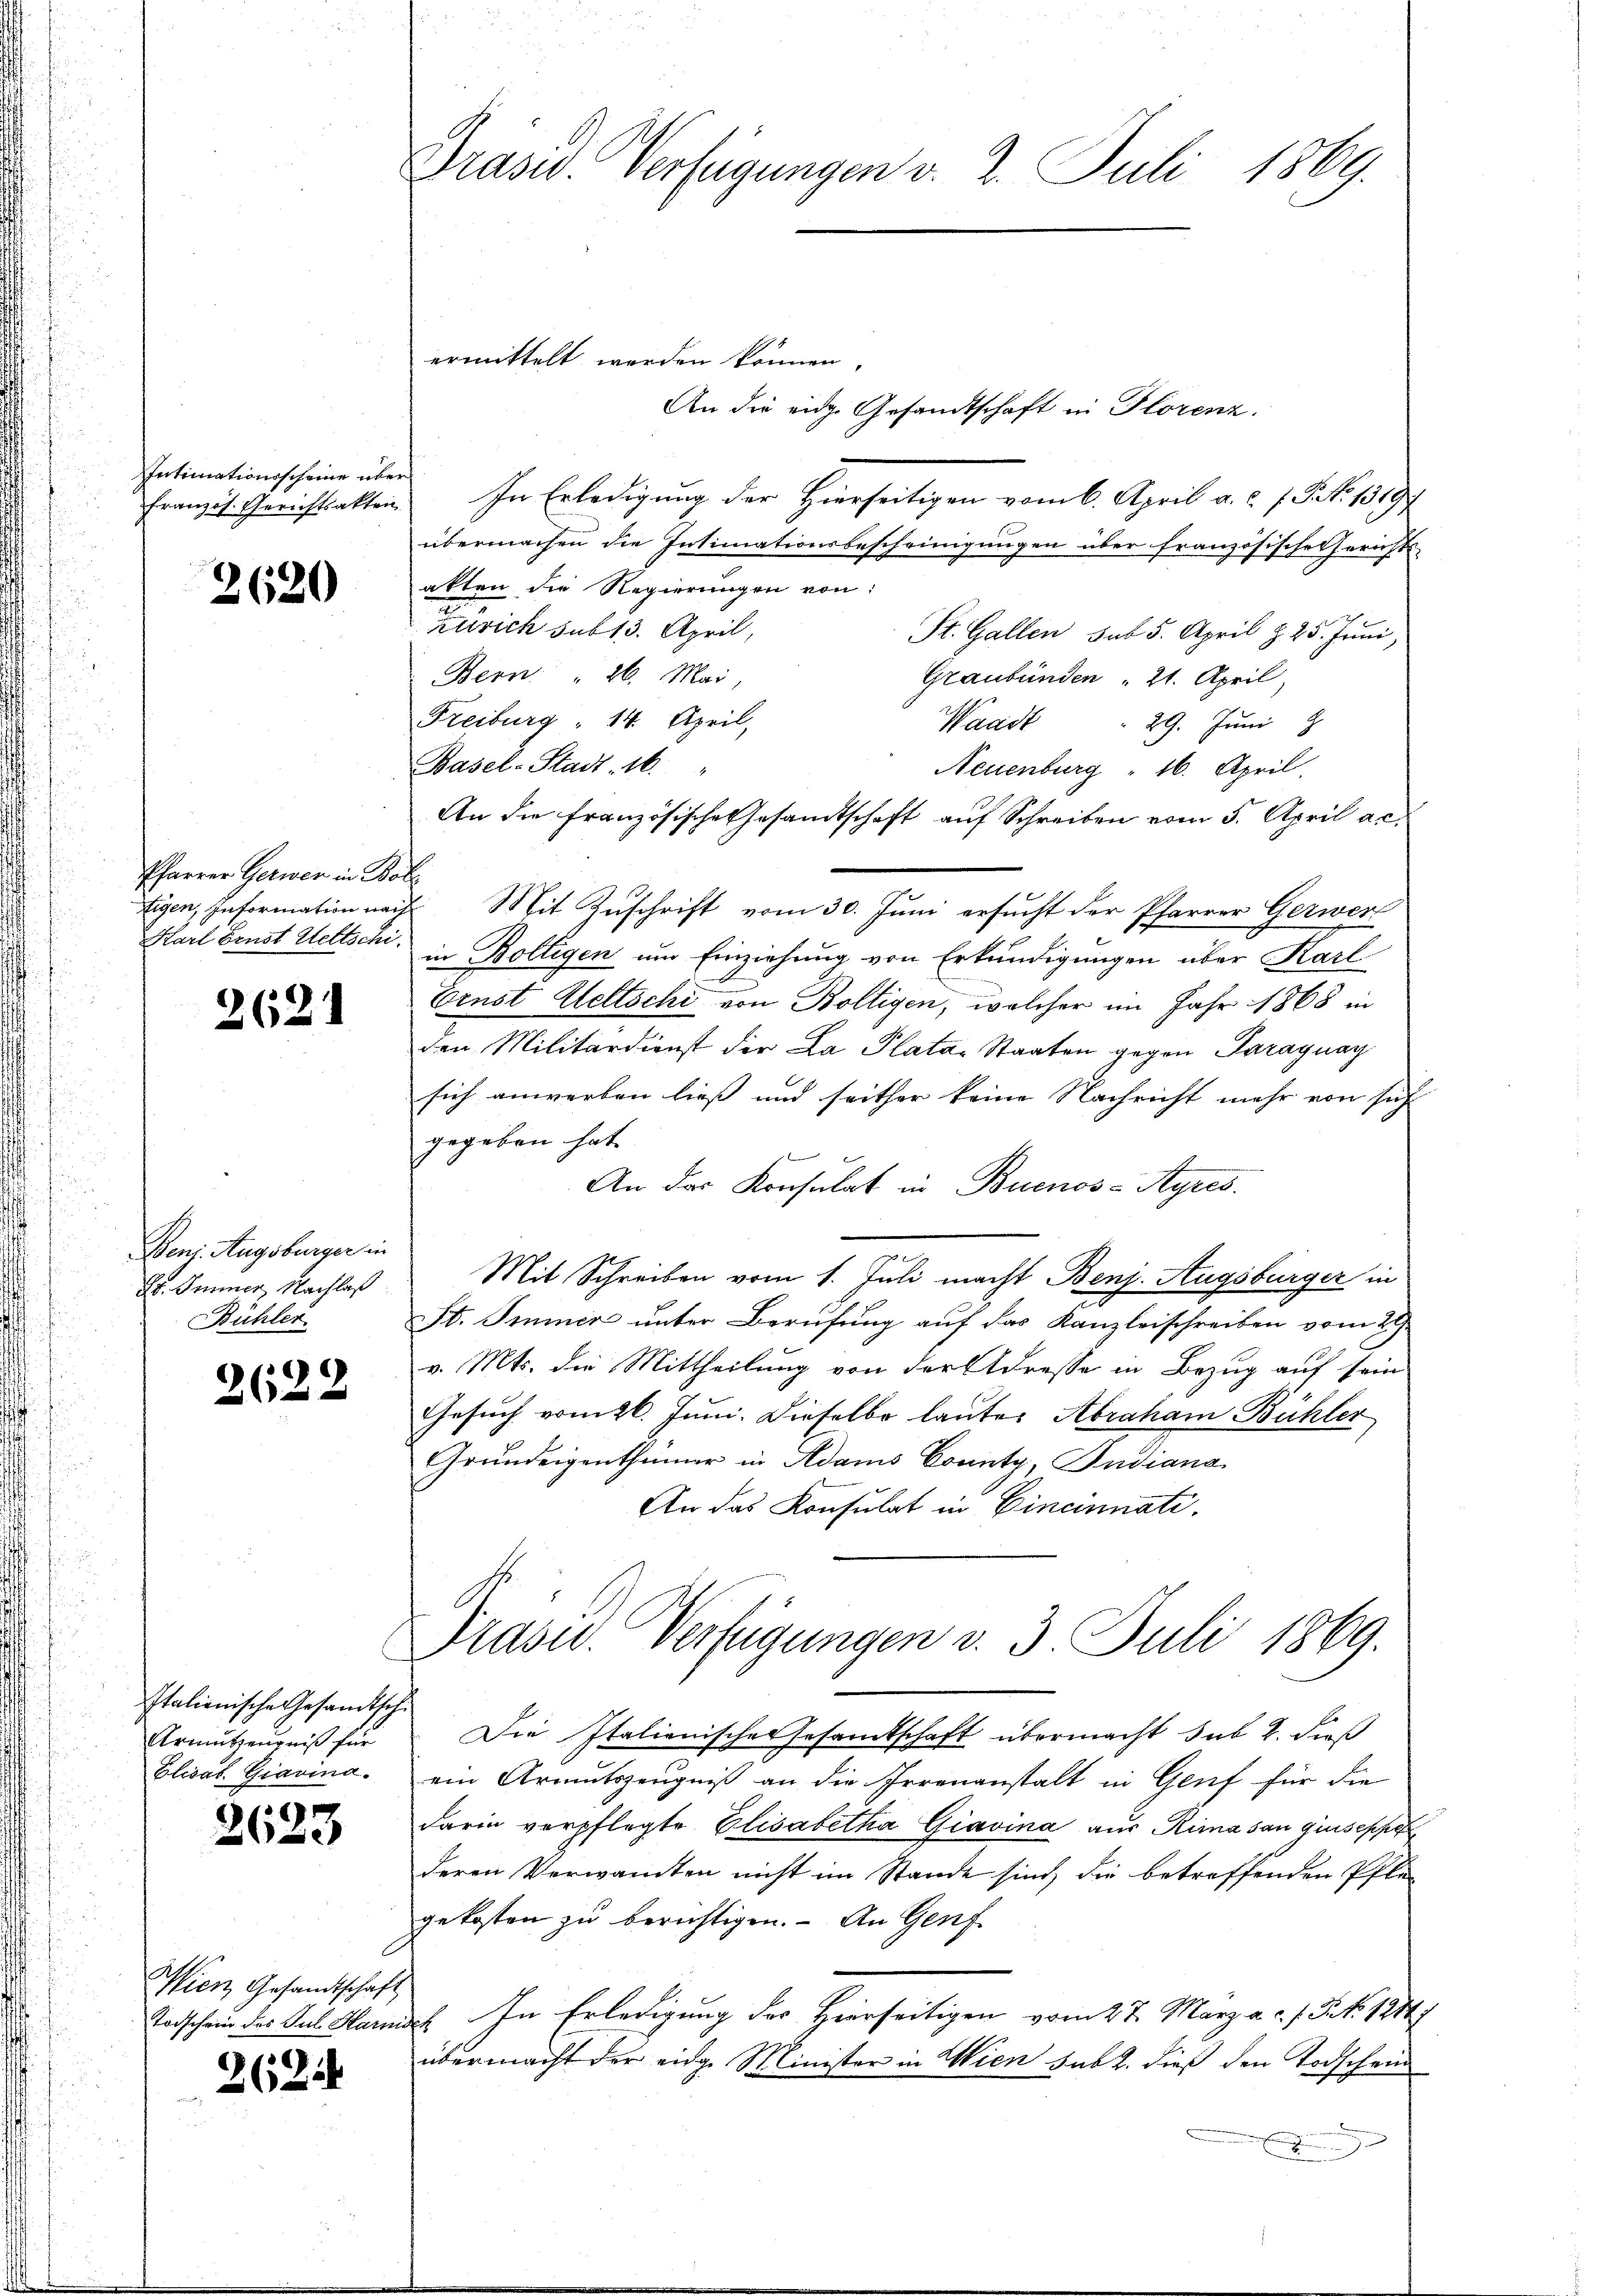
Intimationsscheine über
Französ. Gerichtsakten

2620

Pfarrer Gerwer in Bo
Eigen, information nac
Karl Brust Wettschi

2621

Deni. Augsburger in
E. Immer Nachlaß
Bühler

2622

l
Italienische Gesandtschi
Armutzeugniß für
Elisab. Giavina.

2623

Wien Gesandtschaft
Todschein des Jul. Harin

262.

Präsid. Verfügungen v. 2. Juli 1869.

ermittelt werden können.
An die eidg. Gesandtschaft in Florenz.
In Erledigung der Hierseitigen vom 6. April a. c. 1. Frk. 1819
übermachen die Intimationsbescheinigungen über französischen Gerichts-
akten die Regierungen von:
Zürich sub 13. April,
St. Gallen sub 5. April § 25. Juni,
Bern " 26. Mai,
Graubünden " 21. April,
Freiburg " 14. April,
29. Juni
Waadt
Basel-Stadt 16.
Neuenburg " 16. April
An die Französische Gesamtschaft auf Schreiben vom 5. April a.c.
¬
E. Mit Zuschrift vom 30. Juni ersucht der Pfarrer Gerwer
e
in Boltigen um Einziehung von Erkundigungen über Karl
Ernst Weltschi von Boltigen, welcher im Jahr 1868 in
den Militärdienst der La Platar Staaten gegen Paraguay
sich anwerben liess und seither keine Nachricht mehr von sich
gegeben hat
An das Konsulat in Buenos-Ayres.
Mit Schreiben vom 1. Juli macht Benz. Augsburger in
n
St. Immer unter Berufung auf das Kanzleischreiben vom 29.
v. Mts. die Mittheilung von der Adresse in Bezug auf sein
Gesuch vom 26. Juni. Dieselbe lauter Abraham Bühler
Grundeigenthümer in Adams County, Pudiana
An das Konsulat in Cincinati
Präsid. Verfügungen v. 3. Juli 1869.
Die Italienische Gesamtschaft übermacht sub 2. dieß
ein Armutszeugniß an die Irrenanstalt in Genf für die
darin verpflegte Elisabetha Giavina aus Rima san giuseppe
deren Verwandten nicht im Stande sind, die betreffenden Pflegekosten zu berichtigen. An Genf
In Erledigung des Hierseitigen vom 27. März a.c. s. S. 1211.
r
übermacht der eidg. Minister in Wien sub 2. dieß den Todschein
.